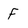
Character: f